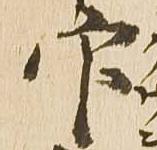
官